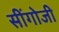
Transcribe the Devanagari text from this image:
सींगोजी